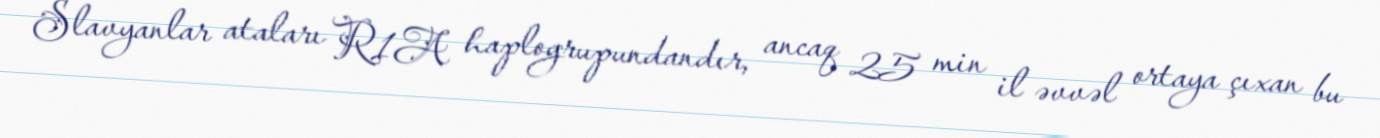
Slavyanlar ataları R1A haplogrupundandır, ancaq 25 min il əvvəl ortaya çıxan bu